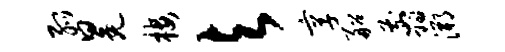
弧冕楼与享船翦溯